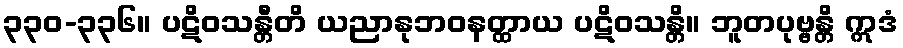
၃၃၀-၃၃၆။ ပဋိဝသန္တီတိ ယညာနုဘဝနတ္ထာယ ပဋိဝသန္တိ။ ဘူတပုဗ္ဗန္တိ ဣဒံ